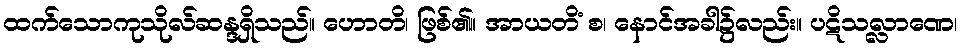
ထက်သောကုသိုလ်ဆန္ဒရှိသည်။ ဟောတိ၊ ဖြစ်၏။ အာယတိံ စ၊ နောင်အခါ၌လည်း။ ပဋိသလ္လာဏေ၊